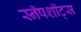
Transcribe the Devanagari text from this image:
स्नॅपशॉट्स